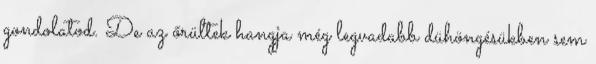
gondolatod. De az őrültek hangja még legvadabb dühöngésükben sem